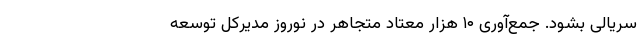
سریالی بشود. جمع‌آوری ۱۰ هزار معتاد متجاهر در نوروز مدیرکل توسعه